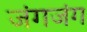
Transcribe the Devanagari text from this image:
जंगजंग